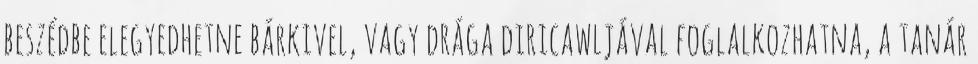
beszédbe elegyedhetne bárkivel, vagy drága diricawljával foglalkozhatna, a tanár